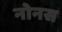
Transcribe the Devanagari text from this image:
नोनस